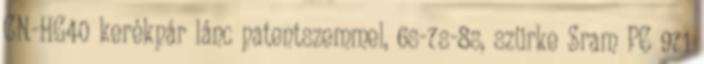
CN-HG40 kerékpár lánc patentszemmel, 6s-7s-8s, szürke Sram PC 971